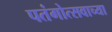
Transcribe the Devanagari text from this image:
पतंगोत्सवाच्या